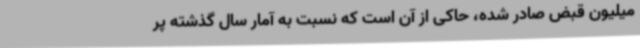
میلیون قبض صادر شده، حاکی از آن است که نسبت به آمار سال گذشته پر